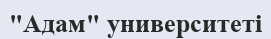
"Адам" университеті